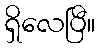
ရှိလေပြီ။